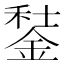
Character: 𨧭